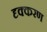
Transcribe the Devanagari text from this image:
दृक्करण